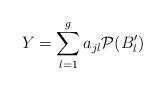
LaTeX: \begin{align*}Y=\sum_{l=1}^g a_{jl}\mathcal{P}(B'_l)\end{align*}